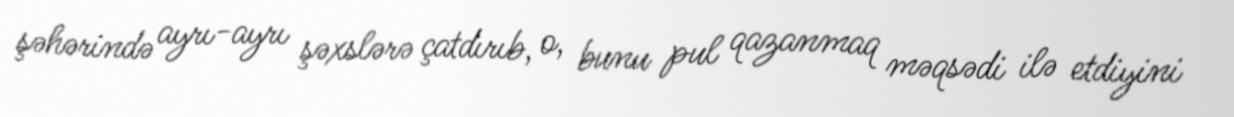
şəhərində ayrı-ayrı şəxslərə çatdırıb, o, bunu pul qazanmaq məqsədi ilə etdiyini